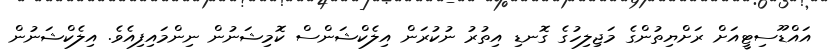
އައްޑޫސިޓީއަށް ރަށްޔިތުންގެ މަޖިލިހުގެ ގޮނޑި އިތުރު ނުކުރަން އިލެކްޝަންސް ކޮމިޝަނުން ނިންމައިފިއެވެ. އިލެކްޝަނުން